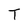
Character: T